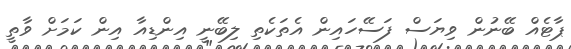
ޕާޓެއް ބޭނުން ވިޔަސް ފަސޭހައިން އެތަކެތި ލިބޭނީ އިންޑިއާ އިން ކަމަށް ވާތީ